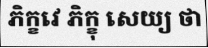
ភិក្ខវេ ភិក្ខុ សេយ្យ ថា